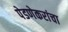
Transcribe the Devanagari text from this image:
पेडणेकरांचा